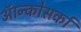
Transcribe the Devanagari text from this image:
ऑन्कोसर्का